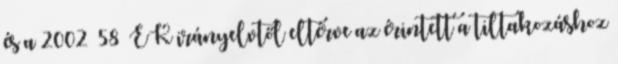
és a 2002 58 EK irányelvtől eltérve az érintett a tiltakozáshoz